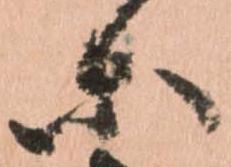
等